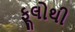
ફૂલોથી